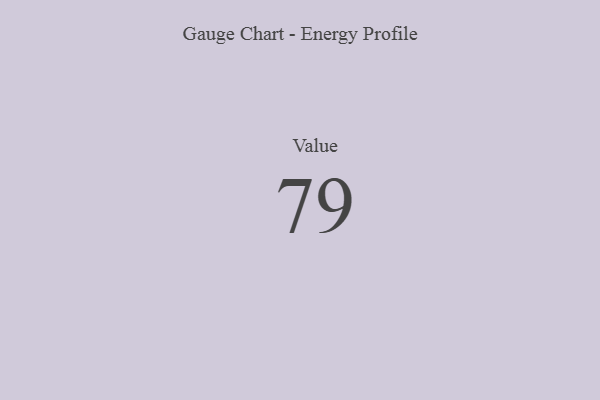
{"axis": {"x": "Metric", "y": "Value"}, "legend": [""], "data": [{"x": "Value", "y": 79, "type": ""}]}